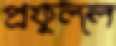
প্রফুল্ল